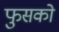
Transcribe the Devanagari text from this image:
फुसको